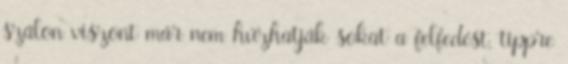
szálon viszont már nem húzhatják sokat a felfedést, tippre